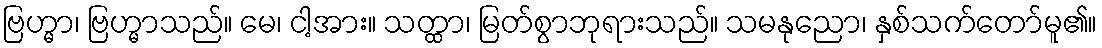
ဗြဟ္မာ၊ ဗြဟ္မာသည်။ မေ၊ ငါ့အား။ သတ္ထာ၊ မြတ်စွာဘုရားသည်။ သမနုညော၊ နှစ်သက်တော်မူ၏။